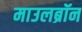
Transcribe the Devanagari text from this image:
माउलब्रॉन